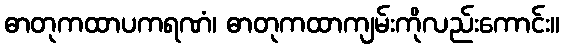
ဓာတုကထာပကရဏံ၊ ဓာတုကထာကျမ်းကိုလည်းကောင်း။